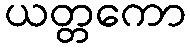
ယတ္တကော